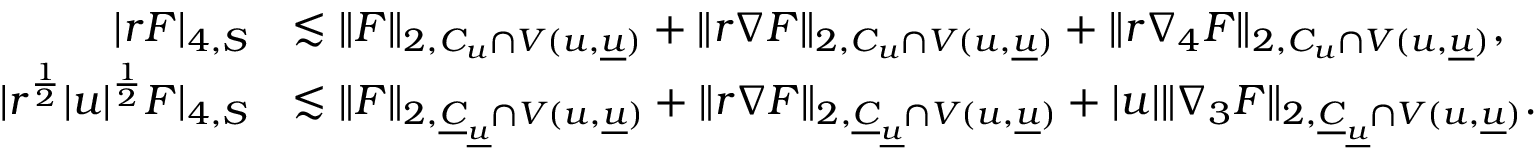
\begin{array} { r l } { | r F | _ { 4 , S } } & { \lesssim \| F \| _ { 2 , C _ { u } \cap V ( u , { \underline { { u } } } ) } + \| r \nabla F \| _ { 2 , C _ { u } \cap V ( u , { \underline { { u } } } ) } + \| r \nabla _ { 4 } F \| _ { 2 , C _ { u } \cap V ( u , { \underline { { u } } } ) } , } \\ { | r ^ { \frac { 1 } { 2 } } | u | ^ { \frac { 1 } { 2 } } F | _ { 4 , S } } & { \lesssim \| F \| _ { 2 , { \underline { { C } } } _ { \underline { { u } } } \cap V ( u , { \underline { { u } } } ) } + \| r \nabla F \| _ { 2 , { \underline { { C } } } _ { \underline { { u } } } \cap V ( u , { \underline { { u } } } ) } + | u | \| \nabla _ { 3 } F \| _ { 2 , { \underline { { C } } } _ { \underline { { u } } } \cap V ( u , { \underline { { u } } } ) } . } \end{array}